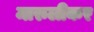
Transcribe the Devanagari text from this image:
मारुलीकर